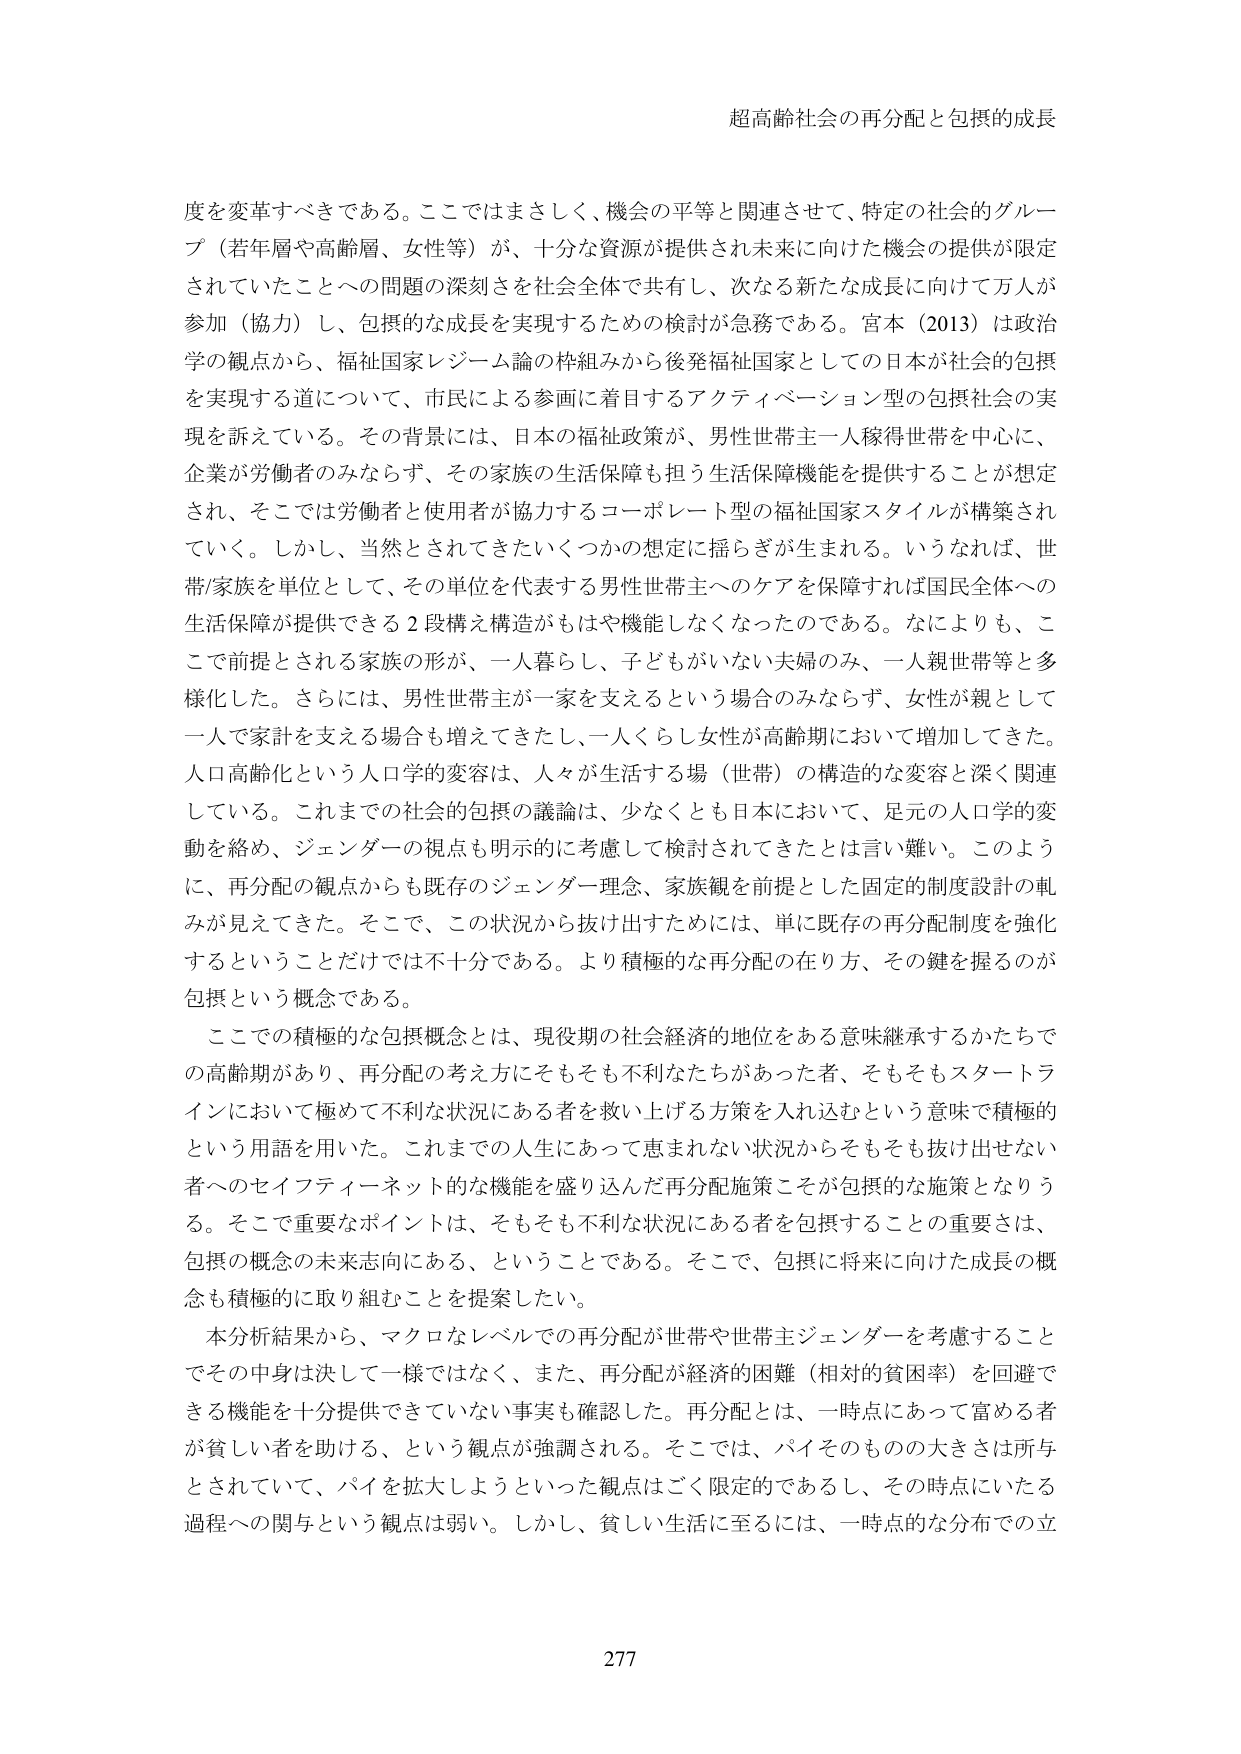
超高齢社会の再分配と包摂的成長

度を変革すべきである。ここではまさしく、機会の平等と関連させて、特定の社会的グループ（若年層や高齢層、女性等）が、十分な資源が提供され未来に向けた機会の提供が限定されていたことへの問題の深刻さを社会全体で共有し、次なる新たな成長に向けて万人が参加（協力）し、包摂的な成長を実現するための検討が急務である。宮本（2013）は政治学の観点から、福祉国家レジーム論の枠組みから後発福祉国家としての日本が社会的包摂を実現する道について、市民による参画に着目するアクティベーション型の包摂社会の実現を訴えている。その背景には、日本の福祉政策が、男性世帯主一人稼得世帯を中心に、企業が労働者のみならず、その家族の生活保障も担う生活保障機能を提供することが想定され、そこでは労働者と使用者が協力するコーポレート型の福祉国家スタイルが構築されていく。しかし、当然とされてきたいくつかの想定に揺らぎが生まれる。いうなれば、世帯/家族を単位として、その単位を代表する男性世帯主へのケアを保障すれば国民全体への生活保障が提供できる2段構え構造がもはや機能しなくなったのである。なによりも、ここで前提とされる家族の形が、一人暮らし、子どもがいない夫婦のみ、一人親世帯等と多様化した。さらには、男性世帯主が一家を支えるという場合のみならず、女性が親として一人で家計を支える場合も増えてきたし、一人くらし女性が高齢期において増加してきた。人口高齢化という人口学的変容は、人々が生活する場（世帯）の構造的な変容と深く関連している。これまでの社会的包摂の議論は、少なくとも日本において、足元の人口学的変動を絡め、ジェンダーの視点も明示的に考慮して検討されてきたとは言い難い。このように、再分配の観点からも既存のジェンダー理念、家族観を前提とした固定的制度設計の軌みが見えてきた。そこで、この状況から抜け出すためには、単に既存の再分配制度を強化するということだけでは不十分である。より積極的な再分配の在り方、その鍵を握るのが包摂という概念である。

ここでの積極的な包摂概念とは、現役期の社会経済的地位をある意味継承するかたちでの高齢期があり、再分配の考え方にもそもそ不利なたちがあった者、そもそもスタートラインにおいて極めて不利な状況にある者を救い上げる方策を入れ込むという意味で積極的という用語を用いた。これまでの人生にあって恵まれない状況からそもそも抜け出せない者へのセイフティーネット的な機能を盛り込んだ再分配施策こそが包摂的な施策となりうる。そこで重要なポイントは、そもそも不利な状況にある者を包摂することの重要さは、包摂の概念の未来志向にある、ということである。そこで、包摂に将来に向けた成長の概念も積極的に取り組むことを提案したい。

本分析結果から、マクロなレベルでの再分配が世帯や世帯主ジェンダーを考慮することでその中身は決して一様ではなく、また、再分配が経済的困難（相対的貧困率）を回避できる機能を十分提供できていない事実も確認した。再分配とは、一時点にあって富める者が貧しい者を助ける、という観点が強調される。そこでは、パイそのものの大きさは所与とされていて、パイを拡大しようといった観点はごく限定的であるし、その時点にいたる過程への関与という観点は弱い。しかし、貧しい生活に至るには、一時点的な分布での立

277